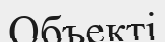
Объекті